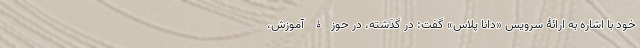
خود با اشاره به ارائۀ سرویس «دانا پلاس» گفت: در گذشته، در حوزۀ آموزش،